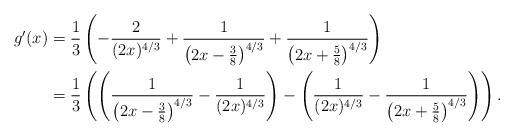
LaTeX: \begin{align*}g'(x) & = \frac{1}{3} \left( -\frac{2}{(2x)^{4/3}} + \frac{1}{\left(2x - \frac{3}{8}\right)^{4/3}} + \frac{1}{\left(2x + \frac{5}{8}\right)^{4/3}} \right) \\ & = \frac{1}{3} \left(\left( \frac{1}{\left(2x -\frac{3}{8}\right)^{4/3}} - \frac{1}{(2x)^{4/3}} \right) - \left( \frac{1}{(2x)^{4/3}} - \frac{1}{\left(2x + \frac{5}{8}\right)^{4/3}} \right)\right) .\end{align*}